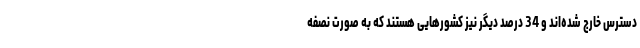
دسترس خارج شده‌اند و 34 درصد دیگر نیز کشورهایی هستند که به صورت نصفه